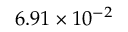
6 . 9 1 \times 1 0 ^ { - 2 }